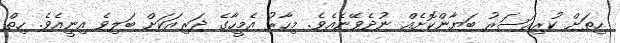
ހިތަށް ކުރިއަސަރު ބަޔާންކޮށެއް ނުދެވޭނެއެވެ. މިހާރު އެމީހާގެ ދަރިއަކަށް ބަލިވެ އިނީއެވެ. ހިތް